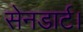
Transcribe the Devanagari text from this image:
सेनडार्ट।